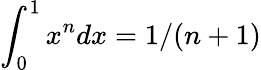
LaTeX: \int_{0}^{1}x^{n}dx=1/(n+1)